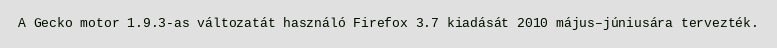
A Gecko motor 1.9.3-as változatát használó Firefox 3.7 kiadását 2010 május–júniusára tervezték.